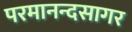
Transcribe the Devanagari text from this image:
परमानन्दसागर